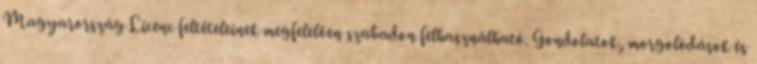
Magyarország Licenc feltételeinek megfelelően szabadon felhasználható. Gondolatok, morgolódások és